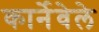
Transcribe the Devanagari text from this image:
कार्नेवेले